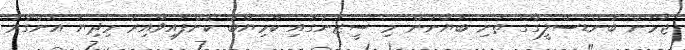
ޖާމަން ބުންޑަސްލީގާގެ ތަށި ބަޔާނުން މި ސީޒަނުގައި ކާމިޔާބު ކޮށްފައިވާއިރު މިދިޔަ އަންގާރަ